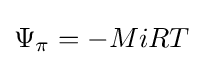
\Psi _{\pi }=-MiRT